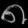
Digit: ၈